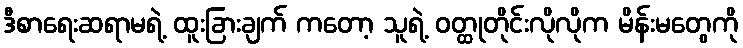
ဒီစာရေးဆရာမရဲ့ ထူးခြားချက် ကတော့ သူရဲ့ ဝတ္ထုတိုင်းလိုလိုက မိန်းမတွေကို